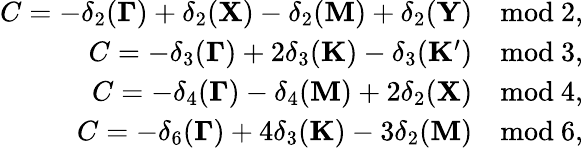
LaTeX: \begin{array}{r}{C=-\delta_{2}({\mathbf\Gamma})+\delta_{2}({\mathbf X})-\delta_{2}({\mathbf M})+\delta_{2}({\mathbf Y})\quad\mathrm{mod~2},}\\ {C=-\delta_{3}({\mathbf\Gamma})+2\delta_{3}({\mathbf K})-\delta_{3}({\mathbf K^{\prime}})\quad\mathrm{mod~3},}\\ {C=-\delta_{4}({\mathbf\Gamma})-\delta_{4}({\mathbf M})+2\delta_{2}({\mathbf X})\quad\mathrm{mod~4},}\\ {C=-\delta_{6}({\mathbf\Gamma})+4\delta_{3}({\mathbf K})-3\delta_{2}({\mathbf M})\quad\mathrm{mod~6},}\end{array}